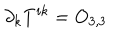
\partial _ { k } T ^ { i k } = O _ { 3 , 3 }